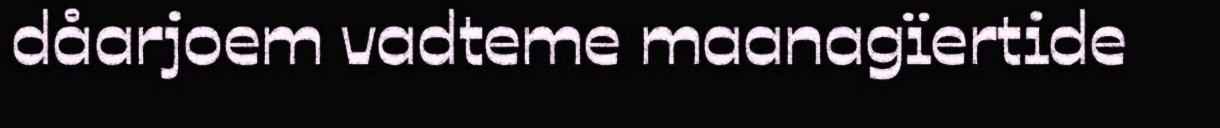
dåarjoem vadteme maanagïertide